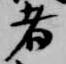
者